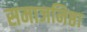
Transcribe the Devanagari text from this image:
समाजनिष्ठा